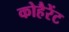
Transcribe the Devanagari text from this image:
कोहैरेंट